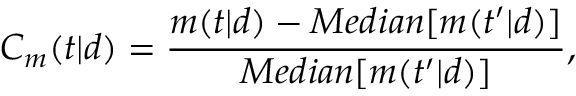
C _ { m } ( t | d ) = \frac { m ( t | d ) - M e d i a n [ m ( t ^ { \prime } | d ) ] } { M e d i a n [ m ( t ^ { \prime } | d ) ] } ,